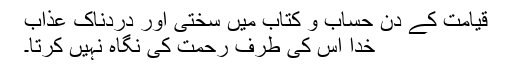
قیامت کے دن حساب و کتاب میں سختی اور دردناک عذاب
خدا اس کی طرف رحمت کی نگاہ نہیں کرتا۔